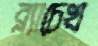
ব্ল্যাচেখ